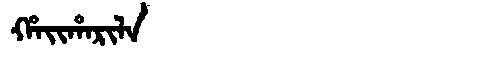
Manchu: ᡥᠠᡳᡥᠠᡵᡳᠯᠠ
Romanization: HAIHARILA